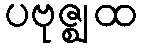
ပဗုဇ္ဈထ